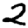
Digit: 2